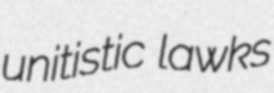
unitistic lawks